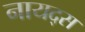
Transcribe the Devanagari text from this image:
नायद्स